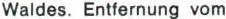
Waldes. Entfernung vom